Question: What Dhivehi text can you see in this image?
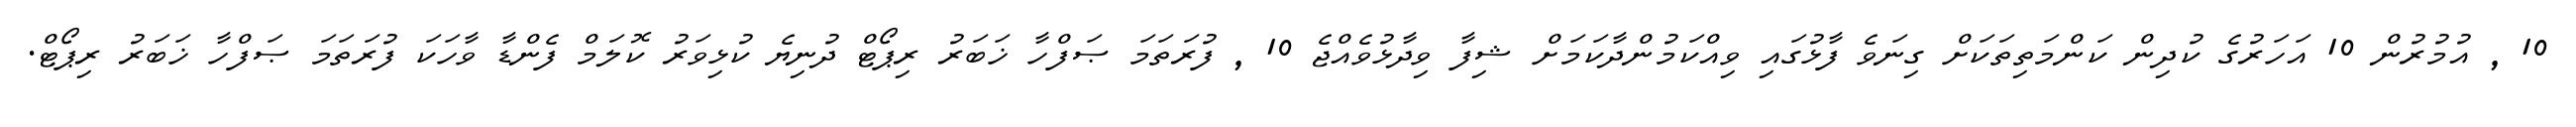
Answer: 10 , އުމުރުން 10 އަހަރުގެ ކުދިން ކަންމަތިތަކަށް ގިނަވެ ފާޅުގައި ވިއްކަމުންދާކަމަށް ޝިފާ ވިދާޅުވެއްޖެ 10 , ފުރަތަމަ ޞަފްހާ ޚަބަރު ރިޕޯޓް ދުނިޔެ ކުޅިވަރު ކޮލަމް ފެންޑާ ވާހަކަ ފުރަތަމަ ޞަފްހާ ޚަބަރު ރިޕޯޓް.